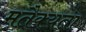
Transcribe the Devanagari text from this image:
मतैक्यता